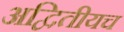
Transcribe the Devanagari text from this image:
अद्वितीयच